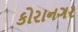
કોરાનગર